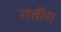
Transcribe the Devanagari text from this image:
गतौरा